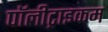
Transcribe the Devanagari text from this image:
पॉलीट्राइकम